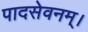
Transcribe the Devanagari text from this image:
पादसेवनम्।